Annual statistical returns and brief notes on vaccination in Bengal - 1909-1929
Year: 1909
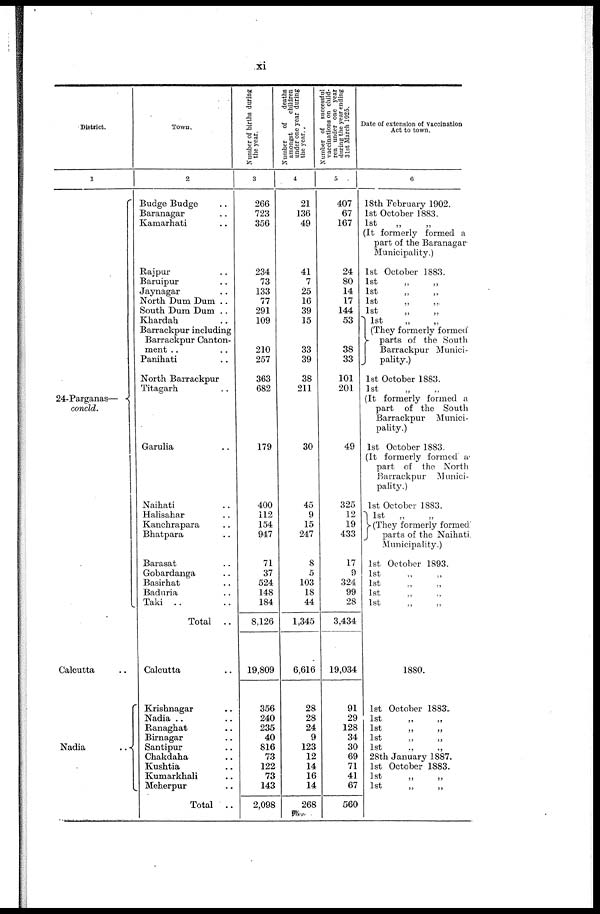
xi
District.
1
24-Parganas—
concld.
Calcutta ..
Nadia
..
Town.
2
Budge Budge ..
Baranagar ..
Kamarhati ..
Rajpur ..
Baruipur ..
Jaynagar ..
North Dum Dum ..
South Dura Dum ..
Khardah ..
Barrackpur including
Barrackpur Canton-
ment .. ..
Panihati ..
North Barrackpur
Titagarh ..
Garulia ..
Naihati ..
Halisahar ..
Kanchrapara ..
Bhatpara ..
Barasat ..
Gobardanga ..
Basirhat ..
Baduria ..
Taki ..
Total
..
Calcutta ..
Krishnagar ..
Nadia ..
Ranaghat ..
Birnagar ..
Santipur ..
Chakdaha ..
Kushtia ..
Kumarkhali ..
Meherpur ..
Total ..
Number of births during
the year.
3
266
723
356
234
73
133
77
291
109
210
257
363
682
179
400
112
154
947
71
37
524
148
184
8,126
19,809
356
240
235
40
816
73
122
73
143
2,098
Number
of
deaths
amongst
children
under one year during
the year.
4
21
136
49
41
7
25
16
39
15
33
39
38
211
30
45
9
15
247
8
5
103
18
44
1,345
6,616
28
28
24
9
123
12
14
16
14
268
Number of successful
vaccinations on child-
ren under one year
during the year ending
31st March 1925.
5
407
67
167
24
80
14
17
144
53
38
33
101
201
49
325
12
19
433
17
9
324
99
28
3,434
19,034
91
29
128
34
30
69
71
41
67
560
Date of extension of vaccination
Act to town.
6
18th February 1902.
1st October 1883.
1st „ „
(It formerly formed a
part of the Baranagar
Municipality.)
1st October 1883.
1st „ „
1st „ „
1st „ „
1st „ „
1st „ „
(They formerly formed
parts of the South
Barrackpur Munici-
pality.)
1st October 1883.
1st „ „
(It formerly formed a
part of the South
Barrackpur Munici-
pality.)
1st October 1883.
(It formerly formed a
part of the North
Barrackpur Munici-
pality.)
1st October 1883.
1st
„ „
(They formerly formed
parts of the Naihati.
Municipality.)
1st October 1893.
1st „ „
1st „ „
1st „ „
1st „ „
1880.
1st October 1883.
1st
„
„
1st
„
„
1st
„
„
1st „ „
28th January 1887.
1st October 1883.
1st
„ „
1st
„
„